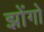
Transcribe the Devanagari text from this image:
झोंगो